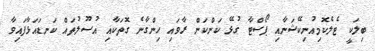
ބިލަކީ ޓެލެކޮމިއުނިކޭޝަނާއި ޕޯސްޓާ ގުޅޭ ކަންކަން ރާވައި ހިންގާނެ ގޮތަކާއި އުސޫލުތައް ކަނޑައަޅާފައިވާ